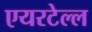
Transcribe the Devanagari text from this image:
एयरटेल्ल